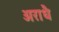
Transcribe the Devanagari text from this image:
अराधै